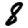
Digit: 8